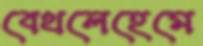
বেথলেহেমে